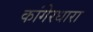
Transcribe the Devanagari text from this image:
कांगेरधारा